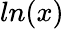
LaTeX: ln(x)